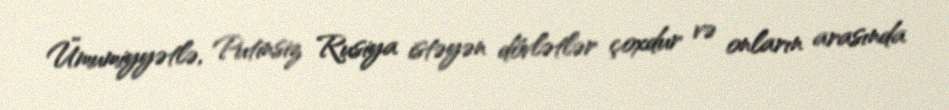
Ümumiyyətlə, Putinsiz Rusiya istəyən dövlətlər çoxdur və onların arasında